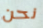
نحن